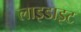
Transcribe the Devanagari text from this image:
लाइडाइट